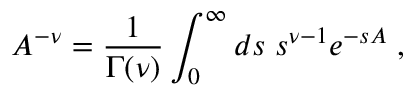
A ^ { - \nu } = \frac { 1 } { \Gamma ( \nu ) } \int _ { 0 } ^ { \infty } d s \; s ^ { \nu - 1 } e ^ { - s A } \; ,